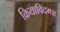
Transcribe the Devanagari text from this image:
क्रियाविदग्धा